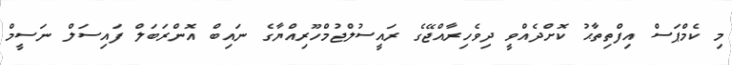
މި ކެމްޕަސް އިފްތިތާޙު ކޮށްދެއްވީ ދިވެހިރާއްޖޭގެ ރައީސުލްޖުމްހޫރިއްޔާގެ ނައިބް އޮންރަބަލް ފައިސަލް ނަސީމް